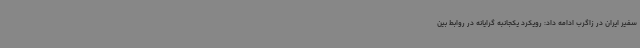
سفیر ایران در زاگرب ادامه داد: رویکرد یکجانبه گرایانه در روابط بین